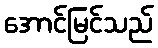
အောင်မြင်သည်